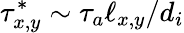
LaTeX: \tau_{x,y}^{*}\sim\tau_{a}\ell_{x,y}/d_{i}